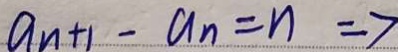
a _ { n + 1 } - a _ { n } = n = 7